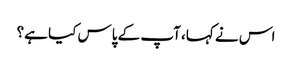
اس نے کہا، آپ کے پاس کیا ہے؟